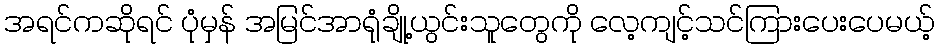
အရင်ကဆိုရင် ပုံမှန် အမြင်အာရုံချို့ယွင်းသူတွေကို လေ့ကျင့်သင်ကြားပေးပေမယ့်